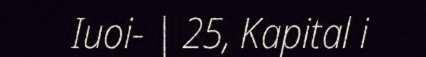
Iuoi- | 25, Kapital i